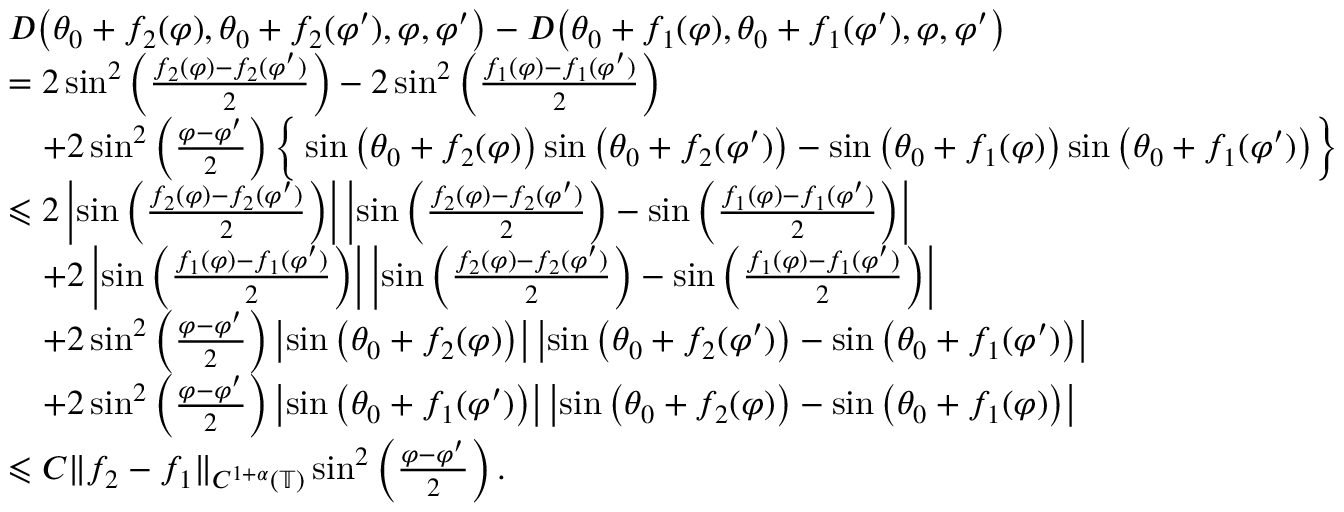
\begin{array} { r l } & { D \big ( \theta _ { 0 } + f _ { 2 } ( \varphi ) , \theta _ { 0 } + f _ { 2 } ( \varphi ^ { \prime } ) , \varphi , \varphi ^ { \prime } \big ) - D \big ( \theta _ { 0 } + f _ { 1 } ( \varphi ) , \theta _ { 0 } + f _ { 1 } ( \varphi ^ { \prime } ) , \varphi , \varphi ^ { \prime } \big ) } \\ & { = 2 \sin ^ { 2 } \left( \frac { f _ { 2 } ( \varphi ) - f _ { 2 } ( \varphi ^ { \prime } ) } { 2 } \right) - 2 \sin ^ { 2 } \left( \frac { f _ { 1 } ( \varphi ) - f _ { 1 } ( \varphi ^ { \prime } ) } { 2 } \right) } \\ & { \quad + 2 \sin ^ { 2 } \left( \frac { \varphi - \varphi ^ { \prime } } { 2 } \right) \Big \{ \sin \big ( \theta _ { 0 } + f _ { 2 } ( \varphi ) \big ) \sin \big ( \theta _ { 0 } + f _ { 2 } ( \varphi ^ { \prime } ) \big ) - \sin \big ( \theta _ { 0 } + f _ { 1 } ( \varphi ) \big ) \sin \big ( \theta _ { 0 } + f _ { 1 } ( \varphi ^ { \prime } ) \big ) \Big \} } \\ & { \leqslant 2 \left| \sin \left( \frac { f _ { 2 } ( \varphi ) - f _ { 2 } ( \varphi ^ { \prime } ) } { 2 } \right) \right| \left| \sin \left( \frac { f _ { 2 } ( \varphi ) - f _ { 2 } ( \varphi ^ { \prime } ) } { 2 } \right) - \sin \left( \frac { f _ { 1 } ( \varphi ) - f _ { 1 } ( \varphi ^ { \prime } ) } { 2 } \right) \right| } \\ & { \quad + 2 \left| \sin \left( \frac { f _ { 1 } ( \varphi ) - f _ { 1 } ( \varphi ^ { \prime } ) } { 2 } \right) \right| \left| \sin \left( \frac { f _ { 2 } ( \varphi ) - f _ { 2 } ( \varphi ^ { \prime } ) } { 2 } \right) - \sin \left( \frac { f _ { 1 } ( \varphi ) - f _ { 1 } ( \varphi ^ { \prime } ) } { 2 } \right) \right| } \\ & { \quad + 2 \sin ^ { 2 } \left( \frac { \varphi - \varphi ^ { \prime } } { 2 } \right) \left| \sin \big ( \theta _ { 0 } + f _ { 2 } ( \varphi ) \big ) \right| \left| \sin \big ( \theta _ { 0 } + f _ { 2 } ( \varphi ^ { \prime } ) \big ) - \sin \big ( \theta _ { 0 } + f _ { 1 } ( \varphi ^ { \prime } ) \big ) \right| } \\ & { \quad + 2 \sin ^ { 2 } \left( \frac { \varphi - \varphi ^ { \prime } } { 2 } \right) \left| \sin \big ( \theta _ { 0 } + f _ { 1 } ( \varphi ^ { \prime } ) \big ) \right| \left| \sin \big ( \theta _ { 0 } + f _ { 2 } ( \varphi ) \big ) - \sin \big ( \theta _ { 0 } + f _ { 1 } ( \varphi ) \big ) \right| } \\ & { \leqslant C \| f _ { 2 } - f _ { 1 } \| _ { C ^ { 1 + \alpha } ( \mathbb { T } ) } \sin ^ { 2 } \left( \frac { \varphi - \varphi ^ { \prime } } { 2 } \right) . } \end{array}